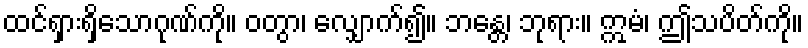
ထင်ရှားရှိသောဂုဏ်ကို။ ဝတွာ၊ လျှောက်၍။ ဘန္တေ၊ ဘုရား။ ဣမံ၊ ဤသပိတ်ကို။